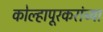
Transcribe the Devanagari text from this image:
कोल्हापूरकरांच्या